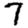
Digit: 7